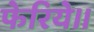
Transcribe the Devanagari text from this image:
फेरिये।।